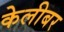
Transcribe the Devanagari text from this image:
केलीबर